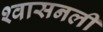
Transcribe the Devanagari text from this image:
श्‍वासनली